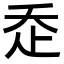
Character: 𧺆